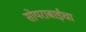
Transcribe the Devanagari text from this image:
सोयराबाईचा